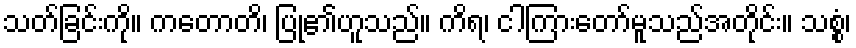
သတ်ခြင်းကို။ ကတောတိ၊ ပြု၏ဟူသည်။ ကိရ၊ ငါကြားတော်မူသည်အတိုင်း။ သစ္စံ၊